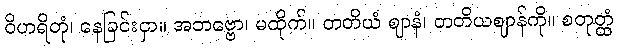
ဝိဟရိတုံ၊ နေခြင်းငှာ။ အဘဗ္ဗော၊ မထိုက်။ တတိယံ ဈာနံ၊ တတိယဈာန်ကို။ စတုတ္ထံ